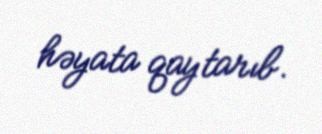
həyata qaytarıb.